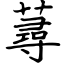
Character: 蕁